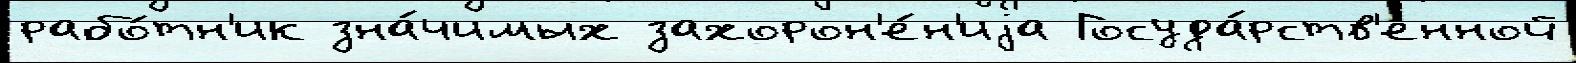
рабо́тн'ик зна́чимых захорон'е́н'иjа Госуда́рств'енной